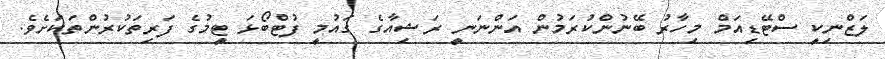
ލަޒްނިކީ ސްޓޭޑިއަމް މިހާރު ބޭނުންކުރަމުން އަންނަނީ ރަޝިއާގެ ގައުމީ ފުޓްބޯޅަ ޓީމުގެ ފަރިތަކުރުންތަކަށެވެ.